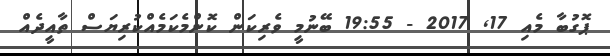
ޕޮގުބާ މެއި 17